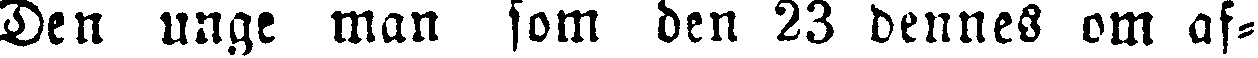
Den unge man som den 23 dennes om af-